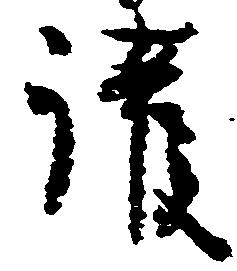
護